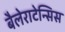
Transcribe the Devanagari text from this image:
बैलेराटेन्सिस